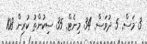
3 މަސް